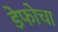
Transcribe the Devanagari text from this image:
डेफोचा